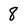
Character: 8